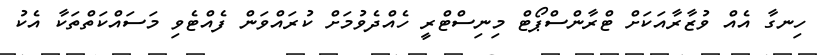
ހިނގާ އެއް ވުޒާރާއަކަށް ޓްރާންސްޕޯޓް މިނިސްޓްރީ ހެއްދެވުމަށް ކުރައްވަން ފެއްޓެވި މަސައްކަތްތަކާ އެކު